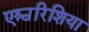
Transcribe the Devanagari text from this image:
एश्चरिशिया